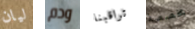
ليان ودم تراقبنا مخصصة